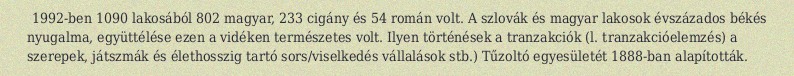
1992-ben 1090 lakosából 802 magyar, 233 cigány és 54 román volt. A szlovák és magyar lakosok évszázados békés nyugalma, együttélése ezen a vidéken természetes volt. Ilyen történések a tranzakciók (l. tranzakcióelemzés) a szerepek, játszmák és élethosszig tartó sors/viselkedés vállalások stb.) Tűzoltó egyesületét 1888-ban alapították.